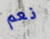
نعم